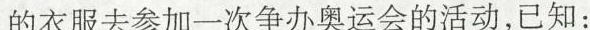
的衣服去参加一次争办奥运会的活动，已知：